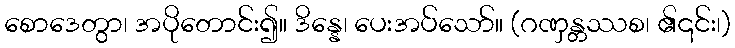
စောဒေတွာ၊ အပိုတောင်း၍။ ဒိန္နေ၊ ပေးအပ်သော်။ (ဂဏှန္တဿစ၊ ၏၎င်း၊)